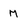
Character: M